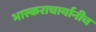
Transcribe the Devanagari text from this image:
भास्कराचार्यानीच